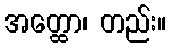
အတ္ထော၊ တည်း။